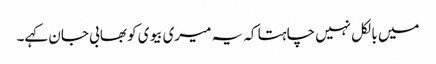
میں بالکل نہیں چاہتا کہ یہ میری بیوی کو بھابی جان کہے۔